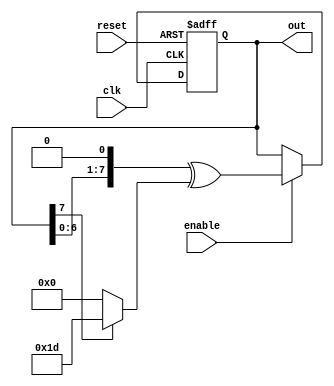
module lfsr
# (
    parameter WIDTH  = 8,
              TAPS   = 8'b11101,
              INVERT = 0
)
(
    input                    clk,
    input                    reset,
    input                    enable,
    output reg [WIDTH - 1:0] out
);
    wire feedback = out [WIDTH - 1] ^ INVERT;

    always @(posedge clk or posedge reset)
        if (reset)
            out <= { { WIDTH - 1 { 1'b0 } }, 1'b1 };
        else if (enable)
            out <= { out [WIDTH - 2:0], 1'b0 } ^ (feedback ? TAPS : 0);

endmodule